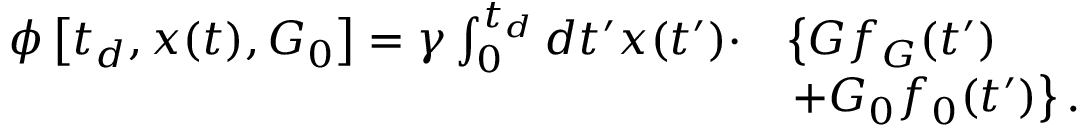
\begin{array} { r l } { \phi \left[ t _ { d } , \boldsymbol { x } ( t ) , \boldsymbol { G } _ { 0 } \right] = \gamma \int _ { 0 } ^ { t _ { d } } d t ^ { \prime } \boldsymbol { x } ( t ^ { \prime } ) \cdot } & { \left\{ \boldsymbol { G } f _ { G } ( t ^ { \prime } ) \right. } \\ & { \left. + \boldsymbol { G } _ { 0 } f _ { 0 } ( t ^ { \prime } ) \right\} . } \end{array}